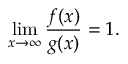
\operatorname* { l i m } _ { x \to \infty } { \frac { f ( x ) } { g ( x ) } } = 1 .